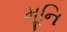
મૂનિ